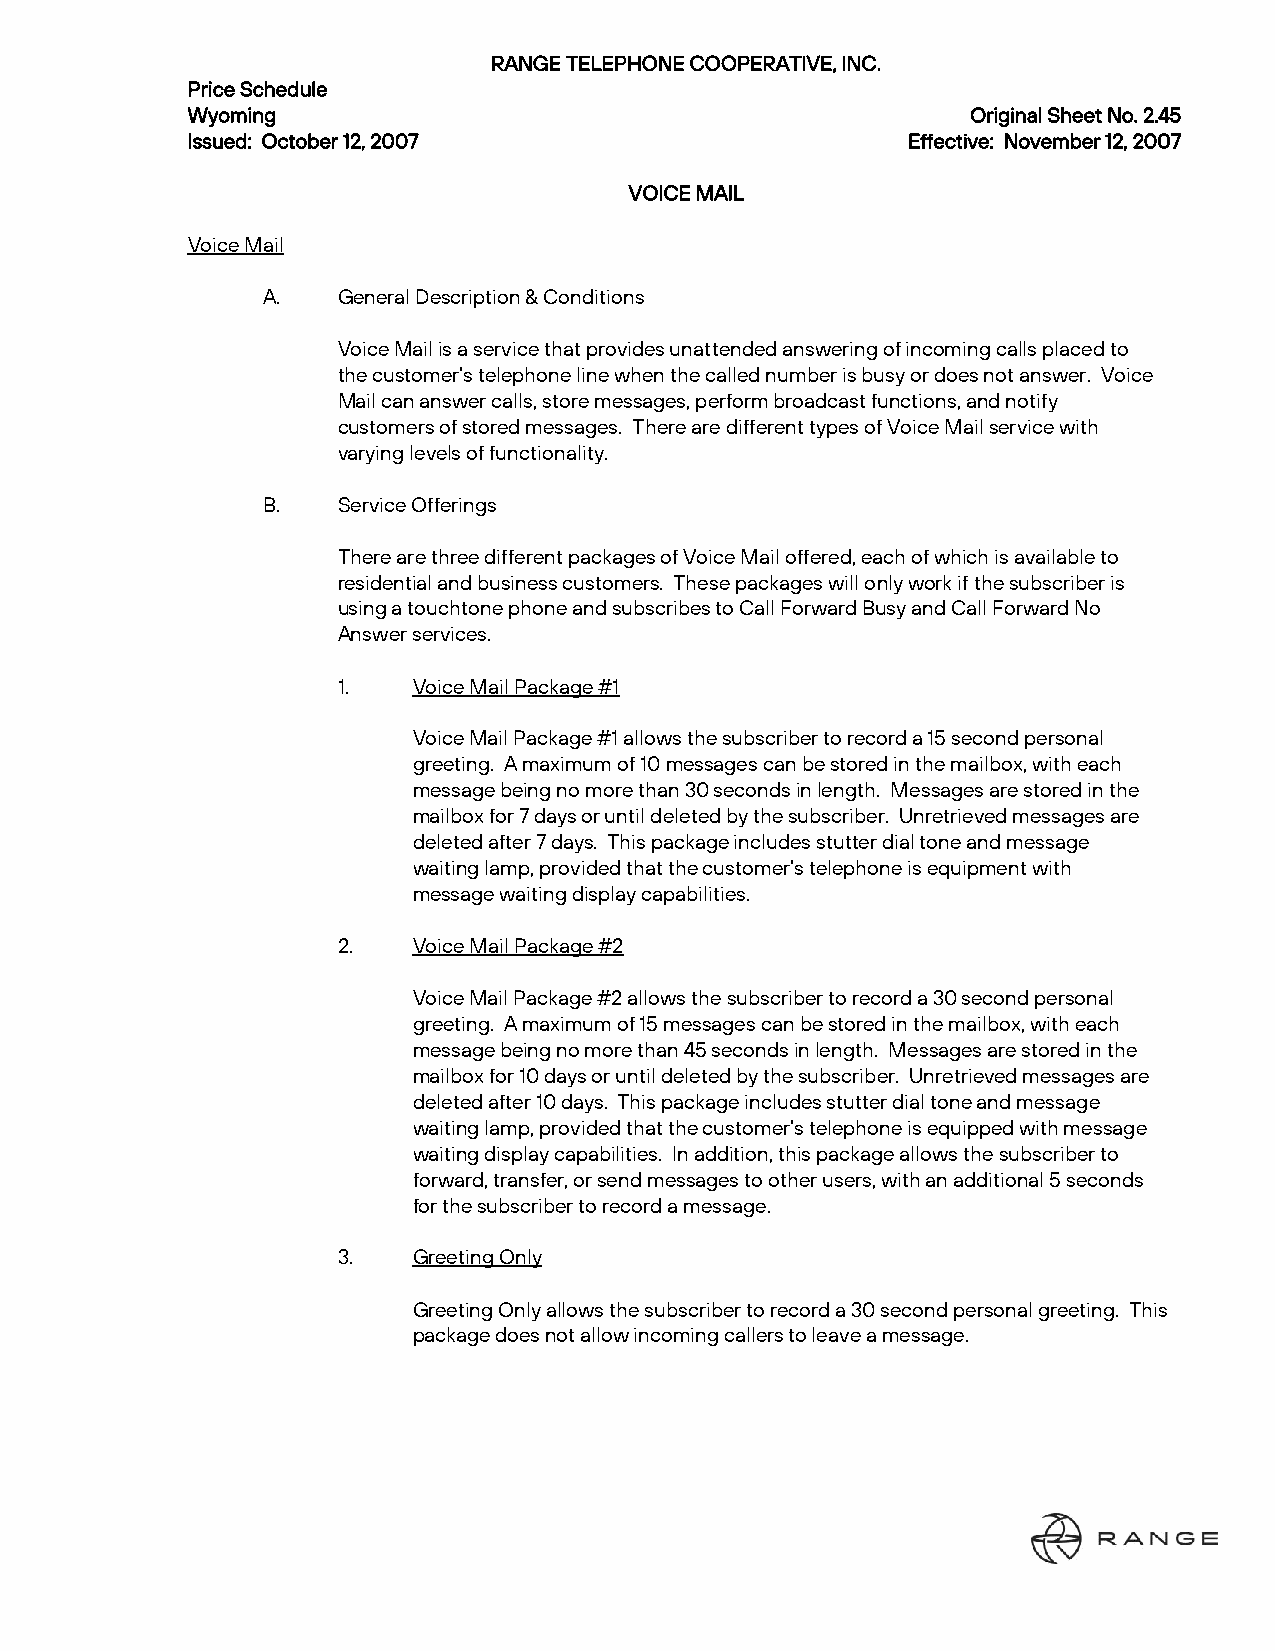
RANGE TELEPHONE COOPERATIVE, INC.
 Price Schedule
 Wyoming                                             Original Sheet No. 2.45
 Issued: October 12, 2007                        Effective: November 12, 2007
 VOICE MAIL
 Voice Mail
 A.   General Description & Conditions
 Voice Mail is a service that provides unattended answering of incoming calls placed to
 the customer’s telephone line when the called number is busy or does not answer. Voice
 Mail can answer calls, store messages, perform broadcast functions, and notify
 customers of stored messages. There are different types of Voice Mail service with
 varying levels of functionality.
 B.   Service Offerings
 There are three different packages of Voice Mail offered, each of which is available to
 residential and business customers. These packages will only work if the subscriber is
 using a touchtone phone and subscribes to Call Forward Busy and Call Forward No
 Answer services.
 1.   Voice Mail Package #1
 Voice Mail Package #1 allows the subscriber to record a 15 second personal
 greeting. A maximum of 10 messages can be stored in the mailbox, with each
 message being no more than 30 seconds in length. Messages are stored in the
 mailbox for 7 days or until deleted by the subscriber. Unretrieved messages are
 deleted after 7 days. This package includes stutter dial tone and message
 waiting lamp, provided that the customer’s telephone is equipment with
 message waiting display capabilities.
 2.   Voice Mail Package #2
 Voice Mail Package #2 allows the subscriber to record a 30 second personal
 greeting. A maximum of 15 messages can be stored in the mailbox, with each
 message being no more than 45 seconds in length. Messages are stored in the
 mailbox for 10 days or until deleted by the subscriber. Unretrieved messages are
 deleted after 10 days. This package includes stutter dial tone and message
 waiting lamp, provided that the customer’s telephone is equipped with message
 waiting display capabilities. In addition, this package allows the subscriber to
 forward, transfer, or send messages to other users, with an additional 5 seconds
 for the subscriber to record a message.
 3.   Greeting Only
 Greeting Only allows the subscriber to record a 30 second personal greeting. This
 package does not allow incoming callers to leave a message.